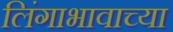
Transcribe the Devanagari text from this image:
लिंगाभावाच्या